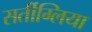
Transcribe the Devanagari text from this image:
सर्तीग्लिया